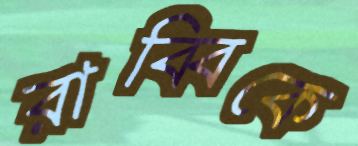
রাব্বিকে